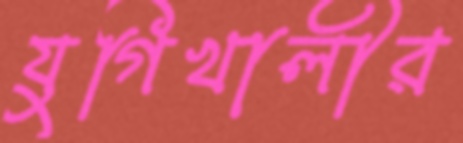
যুগিখালীর